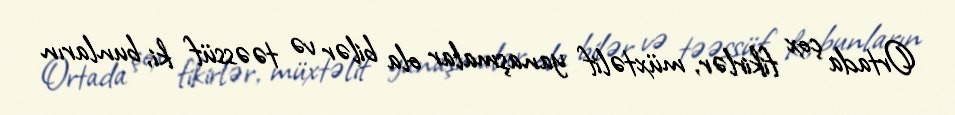
Ortada çox fikirlər, müxtəlif yanaşmalar ola bilər və təəssüf ki, bunların